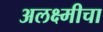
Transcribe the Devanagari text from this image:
अलक्ष्मीचा